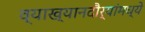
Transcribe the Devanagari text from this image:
व्याख्यानदौर्‍यांमध्ये